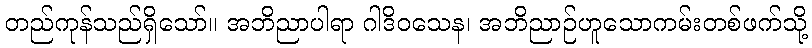
တည်ကုန်သည်ရှိသော်။ အဘိညာပါရာ ဂါဒိဝသေန၊ အဘိညာဉ်ဟူသောကမ်းတစ်ဖက်သို့